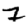
Digit: 7